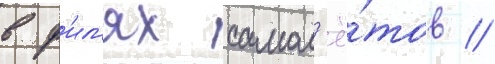
в ф'ил'ях самол'ё́тов /